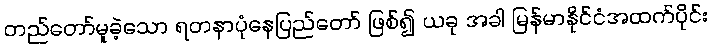
တည်တော်မူခဲ့သော ရတနာပုံနေပြည်တော် ဖြစ်၍ ယခု အခါ မြန်မာနိုင်ငံအထက်ပိုင်း